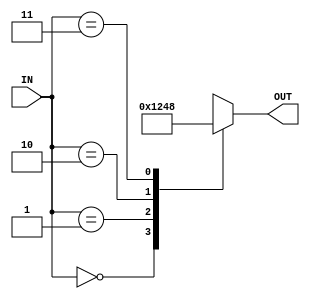
module decoder_2_4 (
    input [1:0] IN,
    output reg [3:0] OUT
);

always @(*) begin
    case (IN)
        2'b00: OUT = 4'b0001;
        2'b01: OUT = 4'b0010;
        2'b10: OUT = 4'b0100;
        2'b11: OUT = 4'b1000;
    endcase
end

endmodule